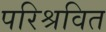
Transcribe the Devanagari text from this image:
परिश्रवित